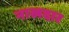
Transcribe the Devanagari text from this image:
नाखदार